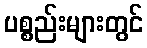
ပစ္စည်းများတွင်